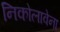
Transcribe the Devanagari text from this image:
निकोलावेना